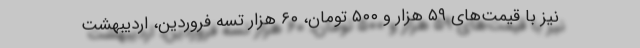
نیز با قیمت‌های ۵۹ هزار و ۵۰۰ تومان، ۶۰ هزار تسه فروردین، اردیبهشت